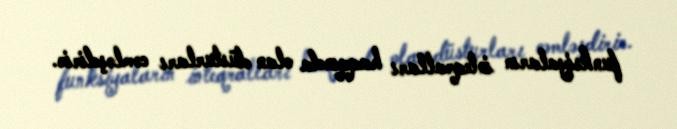
funksiyaların inteqralları haqqında olan düsturları cəmləşdirir.